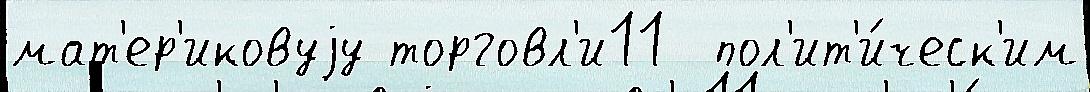
мат'ер'иковуjу торговл'и11  пол'ит'и́ческ'им